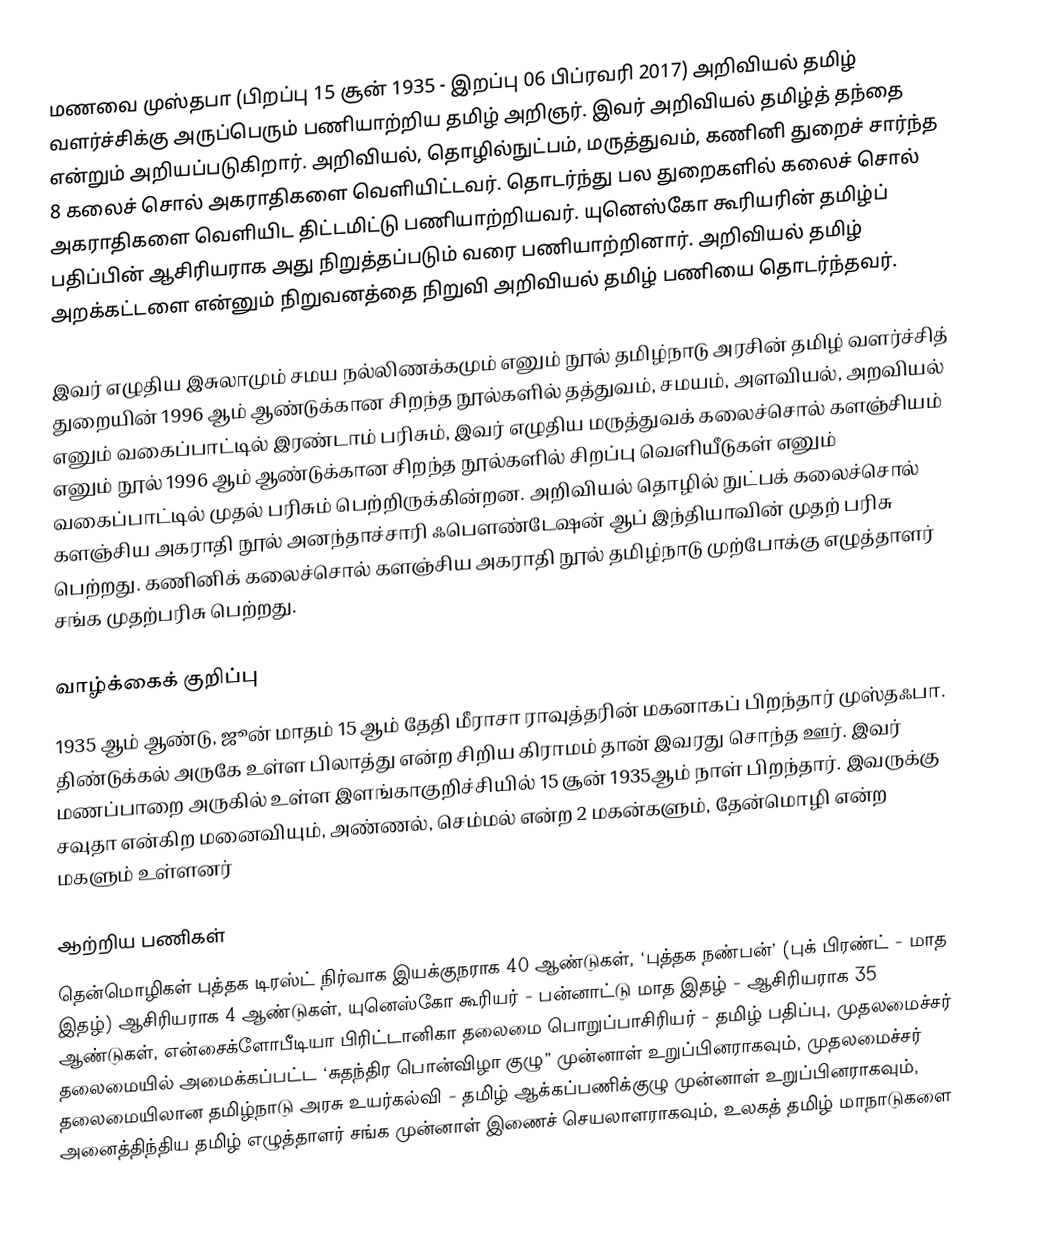
மணவை முஸ்தபா (பிறப்பு 15 சூன் 1935 - இறப்பு 06 பிப்ரவரி 2017) அறிவியல் தமிழ் வளர்ச்சிக்கு அருப்பெரும் பணியாற்றிய தமிழ் அறிஞர். இவர் அறிவியல் தமிழ்த் தந்தை என்றும் அறியப்படுகிறார். அறிவியல், தொழில்நுட்பம், மருத்துவம், கணினி துறைச் சார்ந்த 8 கலைச் சொல் அகராதிகளை வெளியிட்டவர். தொடர்ந்து பல துறைகளில் கலைச் சொல் அகராதிகளை வெளியிட திட்டமிட்டு பணியாற்றியவர். யுனெஸ்கோ கூரியரின் தமிழ்ப் பதிப்பின் ஆசிரியராக அது நிறுத்தப்படும் வரை பணியாற்றினார். அறிவியல் தமிழ் அறக்கட்டளை என்னும் நிறுவனத்தை நிறுவி அறிவியல் தமிழ் பணியை தொடர்ந்தவர்.

இவர் எழுதிய இசுலாமும் சமய நல்லிணக்கமும் எனும் நூல் தமிழ்நாடு அரசின் தமிழ் வளர்ச்சித் துறையின் 1996 ஆம் ஆண்டுக்கான சிறந்த நூல்களில் தத்துவம், சமயம், அளவியல், அறவியல் எனும் வகைப்பாட்டில் இரண்டாம் பரிசும், இவர் எழுதிய மருத்துவக் கலைச்சொல் களஞ்சியம் எனும் நூல் 1996 ஆம் ஆண்டுக்கான சிறந்த நூல்களில் சிறப்பு வெளியீடுகள் எனும் வகைப்பாட்டில் முதல் பரிசும் பெற்றிருக்கின்றன.   அறிவியல் தொழில் நுட்பக் கலைச்சொல் களஞ்சிய அகராதி நூல் அனந்தாச்சாரி ஃபௌண்டேஷன் ஆப் இந்தியாவின் முதற் பரிசு பெற்றது.  கணினிக் கலைச்சொல் களஞ்சிய அகராதி நூல் தமிழ்நாடு முற்போக்கு எழுத்தாளர் சங்க முதற்பரிசு பெற்றது.

வாழ்க்கைக் குறிப்பு
1935 ஆம் ஆண்டு, ஜூன் மாதம் 15 ஆம் தேதி மீராசா ராவுத்தரின் மகனாகப் பிறந்தார் முஸ்தஃபா. திண்டுக்கல் அருகே உள்ள பிலாத்து என்ற சிறிய கிராமம் தான் இவரது சொந்த ஊர். இவர் மணப்பாறை அருகில் உள்ள இளங்காகுறிச்சியில் 15 சூன் 1935ஆம் நாள் பிறந்தார். இவருக்கு சவுதா என்கிற மனைவியும், அண்ணல், செம்மல் என்ற 2 மகன்களும், தேன்மொழி என்ற மகளும் உள்ளனர்

ஆற்றிய பணிகள்
தென்மொழிகள் புத்தக டிரஸ்ட் நிர்வாக இயக்குநராக 40 ஆண்டுகள், ‘புத்தக நண்பன்’ (புக் பிரண்ட் - மாத இதழ்) ஆசிரியராக 4 ஆண்டுகள், யுனெஸ்கோ கூரியர் - பன்னாட்டு மாத இதழ் - ஆசிரியராக 35 ஆண்டுகள், என்சைக்ளோபீடியா பிரிட்டானிகா தலைமை பொறுப்பாசிரியர் - தமிழ் பதிப்பு, முதலமைச்சர் தலைமையில் அமைக்கப்பட்ட ‘சுதந்திர பொன்விழா குழு” முன்னாள் உறுப்பினராகவும், முதலமைச்சர் தலைமையிலான தமிழ்நாடு அரசு உயர்கல்வி - தமிழ் ஆக்கப்பணிக்குழு முன்னாள் உறுப்பினராகவும், அனைத்திந்திய தமிழ் எழுத்தாளர் சங்க முன்னாள் இணைச் செயலாளராகவும், உலகத் தமிழ் மாநாடுகளை